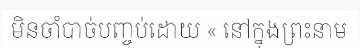
មិនចាំបាច់បញ្ចប់ដោយ « នៅក្នុងព្រះនាម